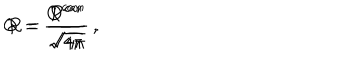
LaTeX: Q = \frac { Q ^ { c a n } } { \sqrt { 4 \pi } } \; , \hspace { 1 c m } P = \frac { P ^ { c a n } } { \sqrt { 4 \pi } } \; .